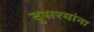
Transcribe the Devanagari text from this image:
दुसरयांना